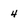
Character: 4